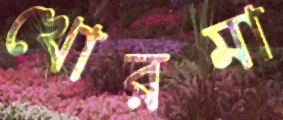
খোরমা